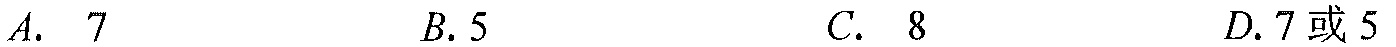
A. \(7\)  B. \(5\)  C. \(8\)  D. \(7或5\)